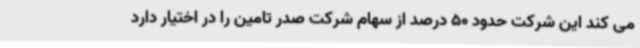
می کند این شرکت حدود 50 درصد از سهام شرکت صدر تامین را در اختیار دارد